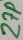
Text: 27p